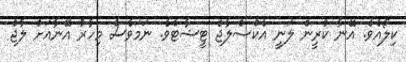
ކިލޯއެވެ. އޭނާ ކުރީން ލަނީ އެކްސްލާޖް ޓީޝާޓެވެ. ނަމަވެސް މިހާރު އޭނާއަށް ލާޖް